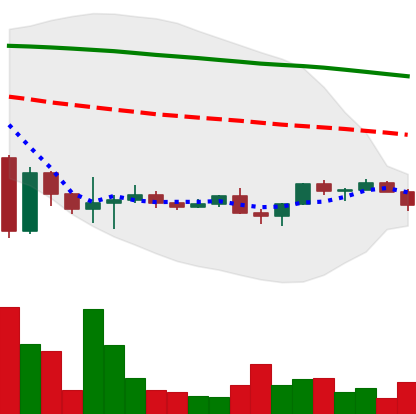
Ticker: NEO-USD
Chart end date: 2022-11-28
Forward return: 3.011%
Label: up_3_5